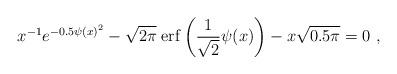
LaTeX: \begin{align*}{x^{ - 1}}{e^{ - 0.5\psi {{(x)}^2}}} - \sqrt {2\pi }\;{\rm erf}\left( {\frac{1}{{\sqrt 2 }}\psi (x)} \right) - x\sqrt {0.5\pi } = 0 \ ,\end{align*}